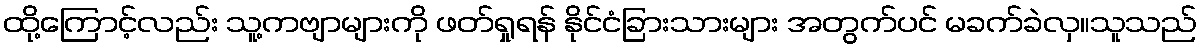
ထို့ကြောင့်လည်း သူ့ကဗျာများကို ဖတ်ရှုရန် နိုင်ငံခြားသားများ အတွက်ပင် မခက်ခဲလှ။သူသည်